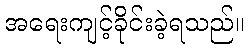
အရေးကျင့်ခိုင်းခဲ့ရသည်။